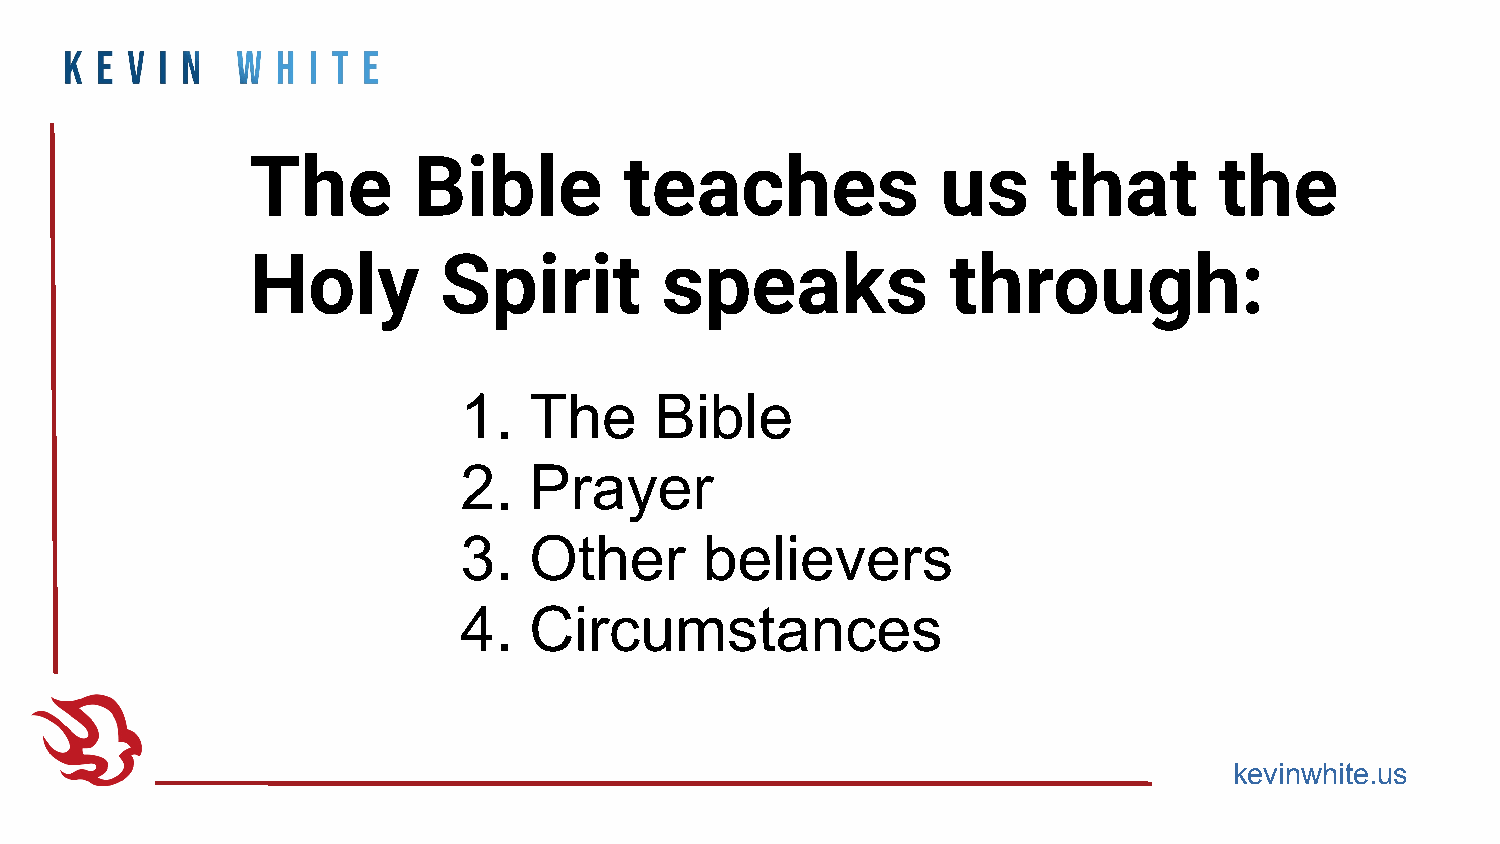
The       Bible         teaches              us      that       the
 Holy        Spirit         speaks             through:
 1.   The     Bible
 2.   Prayer
 3.   Other       believers
 4.   Circumstances
 kevinwhite.us